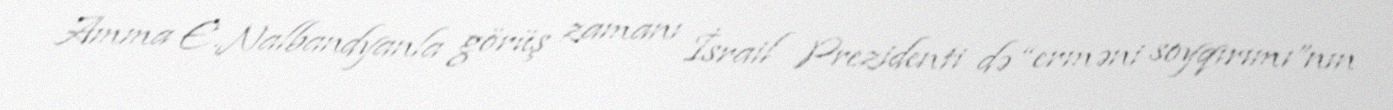
Amma E.Nalbandyanla görüş zamanı İsrail Prezidenti də “erməni soyqırımı”nın